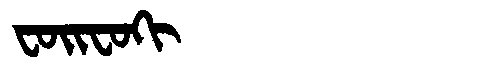
Manchu: ᠸᠣᡳᠸᠣᡴᡳ
Romanization: FOIFOKI